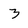
Character: 3